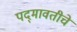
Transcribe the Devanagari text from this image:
पद्‍मावतीचे